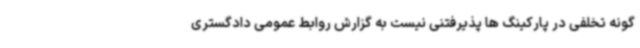
گونه تخلفی در پارکینگ ها پذیرفتنی نیست به گزارش روابط عمومی دادگستری